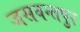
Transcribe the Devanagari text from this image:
जसवन्तपुर